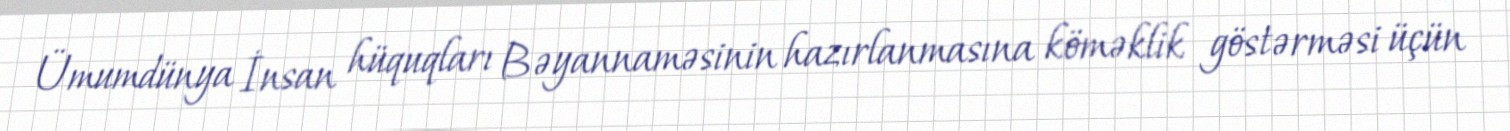
Ümumdünya İnsan hüquqları Bəyannaməsinin hazırlanmasına köməklik göstərməsi üçün